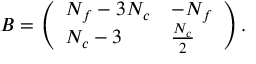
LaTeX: B = \left( \begin{array} { l l } { { N _ { f } - 3 N _ { c } } } & { { - N _ { f } } } \\ { { N _ { c } - 3 } } & { { { \frac { N _ { c } } { 2 } } } } \end{array} \right) .